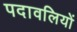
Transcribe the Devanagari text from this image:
पदावलियों